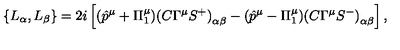
\left\{ L _ { \alpha } , L _ { \beta } \right\} = 2 i \left[ ( \hat { p } ^ { \mu } + \Pi _ { 1 } ^ { \mu } ) { ( C \Gamma ^ { \mu } S ^ { + } ) } _ { \alpha \beta } - ( \hat { p } ^ { \mu } - \Pi _ { 1 } ^ { \mu } ) { ( C \Gamma ^ { \mu } S ^ { - } ) } _ { \alpha \beta } \right] ,